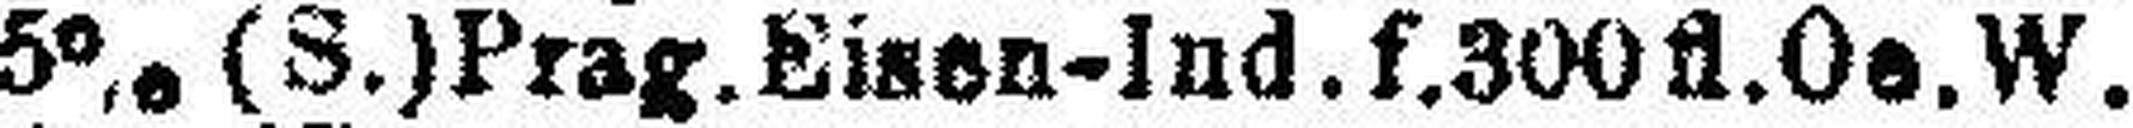
5% (S.) Prag. Eisen-lnd.f.300fl. Oe. W.